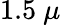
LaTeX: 1.5~\mu